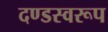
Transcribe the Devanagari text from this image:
दण्डस्वरूप